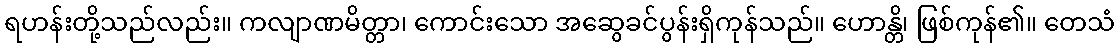
ရဟန်းတို့သည်လည်း။ ကလျာဏမိတ္တာ၊ ကောင်းသော အဆွေခင်ပွန်းရှိကုန်သည်။ ဟောန္တိ၊ ဖြစ်ကုန်၏။ တေသံ